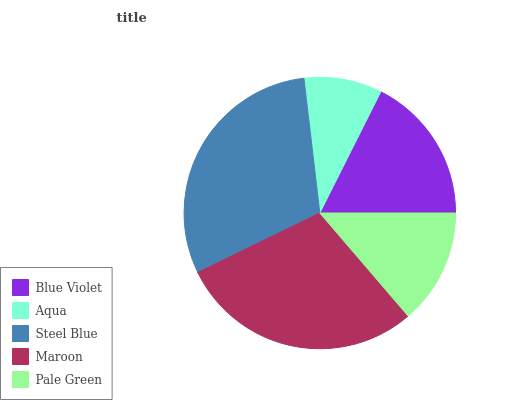
| Blue Violet | Aqua | Steel Blue | Maroon | Pale Green |
 | --- | --- | --- | --- | --- |
 | 17.5% | 9.28% | 30.4% | 29.1% | 13.7% |